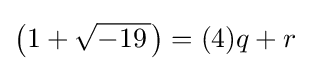
{\bigl (}1+{\sqrt {-19~\!}}{\bigr )}=(4)q+r